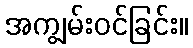
အကျွမ်းဝင်ခြင်း။